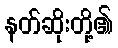
နတ်ဆိုးတို့၏